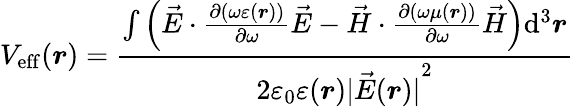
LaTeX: V_{\mathrm{eff}}(\boldsymbol{r})=\frac{\int\left(\vec{E}\cdot\frac{\partial(\omega\varepsilon(\boldsymbol{r}))}{\partial\omega}\vec{E}-\vec{H}\cdot\frac{\partial(\omega\mu(\boldsymbol{r}))}{\partial\omega}\vec{H}\right)\mathrm{d}^{3}\boldsymbol{r}}{2\varepsilon_{0}\varepsilon(\boldsymbol{r}){\lvert\vec{E}(\boldsymbol{r})\rvert}^{2}}